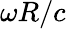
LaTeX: \omega R/c